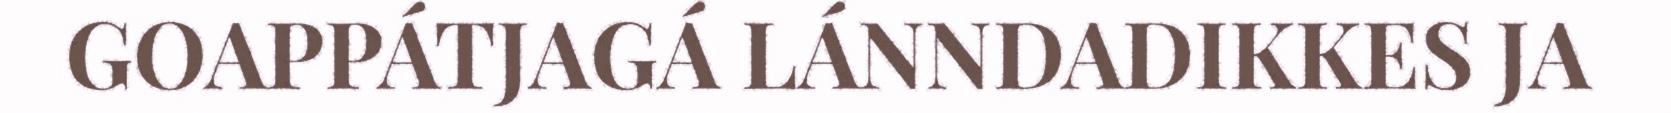
GOAPPÁTJAGÁ LÁNNDADIKKES JA